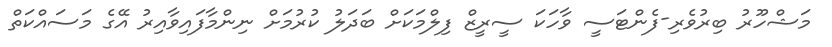
މަޝްހޫރު ބިރުވެރި-ފެންޓަސީ ވާހަކަ ސީރީޒް ފިލްމަކަށް ބަދަލު ކުރުމަށް ނިންމާފައިވާއިރު އޭގެ މަސައްކަތް